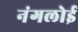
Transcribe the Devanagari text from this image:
नंगलोई